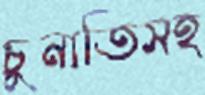
চুনাতিসহ